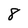
Character: 8